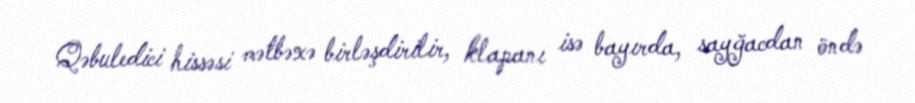
Qəbuledici hissəsi mətbəxə birləşdirilir, klapanı isə bayırda, sayğacdan öndə